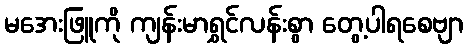
မအေးဖြူကို ကျန်းမာရွှင်လန်းစွာ တွေ့ပါရစေဗျာ